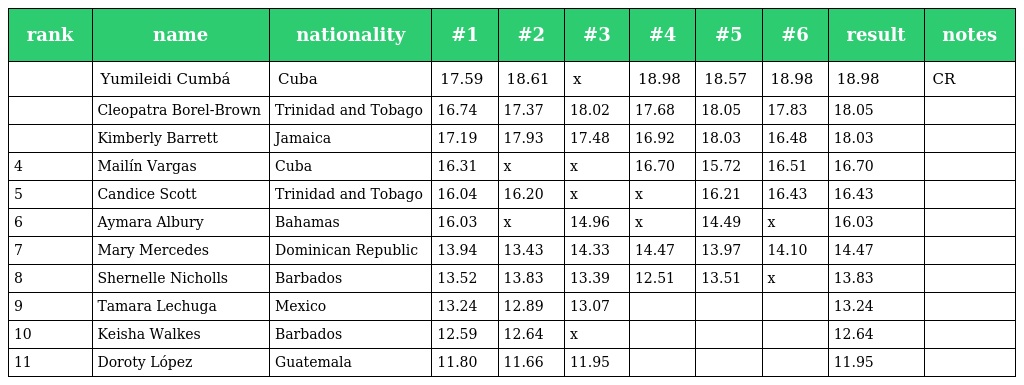
| rank | name | nationality | #1 | #2 | #3 | #4 | #5 | #6 | result | notes |
 | --- | --- | --- | --- | --- | --- | --- | --- | --- | --- | --- |
 |  | Yumileidi Cumbá | Cuba | 17.59 | 18.61 | x | 18.98 | 18.57 | 18.98 | 18.98 | CR |
 |  | Cleopatra Borel-Brown | Trinidad and Tobago | 16.74 | 17.37 | 18.02 | 17.68 | 18.05 | 17.83 | 18.05 |  |
 |  | Kimberly Barrett | Jamaica | 17.19 | 17.93 | 17.48 | 16.92 | 18.03 | 16.48 | 18.03 |  |
 | 4 | Mailín Vargas | Cuba | 16.31 | x | x | 16.70 | 15.72 | 16.51 | 16.70 |  |
 | 5 | Candice Scott | Trinidad and Tobago | 16.04 | 16.20 | x | x | 16.21 | 16.43 | 16.43 |  |
 | 6 | Aymara Albury | Bahamas | 16.03 | x | 14.96 | x | 14.49 | x | 16.03 |  |
 | 7 | Mary Mercedes | Dominican Republic | 13.94 | 13.43 | 14.33 | 14.47 | 13.97 | 14.10 | 14.47 |  |
 | 8 | Shernelle Nicholls | Barbados | 13.52 | 13.83 | 13.39 | 12.51 | 13.51 | x | 13.83 |  |
 | 9 | Tamara Lechuga | Mexico | 13.24 | 12.89 | 13.07 |  |  |  | 13.24 |  |
 | 10 | Keisha Walkes | Barbados | 12.59 | 12.64 | x |  |  |  | 12.64 |  |
 | 11 | Doroty López | Guatemala | 11.80 | 11.66 | 11.95 |  |  |  | 11.95 |  |